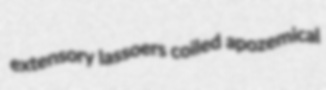
extensory lassoers coiled apozemical